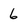
Character: 6